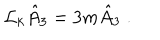
\mathcal { L } _ { k } \hat { A } _ { 3 } = 3 m \hat { A } _ { 3 } \; .